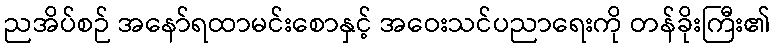
ညအိပ်စဉ် အနော်ရထာမင်းစောနှင့် အဝေးသင်ပညာရေးကို တန်ခိုးကြီး၏